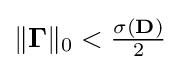
{\textstyle \|\mathbf {\Gamma } \|_{0}<{\frac {\sigma (\mathbf {D} )}{2}}}